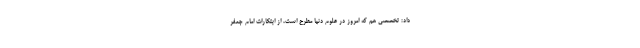
داد: تخصصی هم که امروز در علوم دنیا مطرح است، از ابتکارات امام جعفر